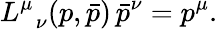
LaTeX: L_{\; \; \nu}^{\mu}(p,\bar{p})\, \bar{p}^{\nu}=p^{\mu}.